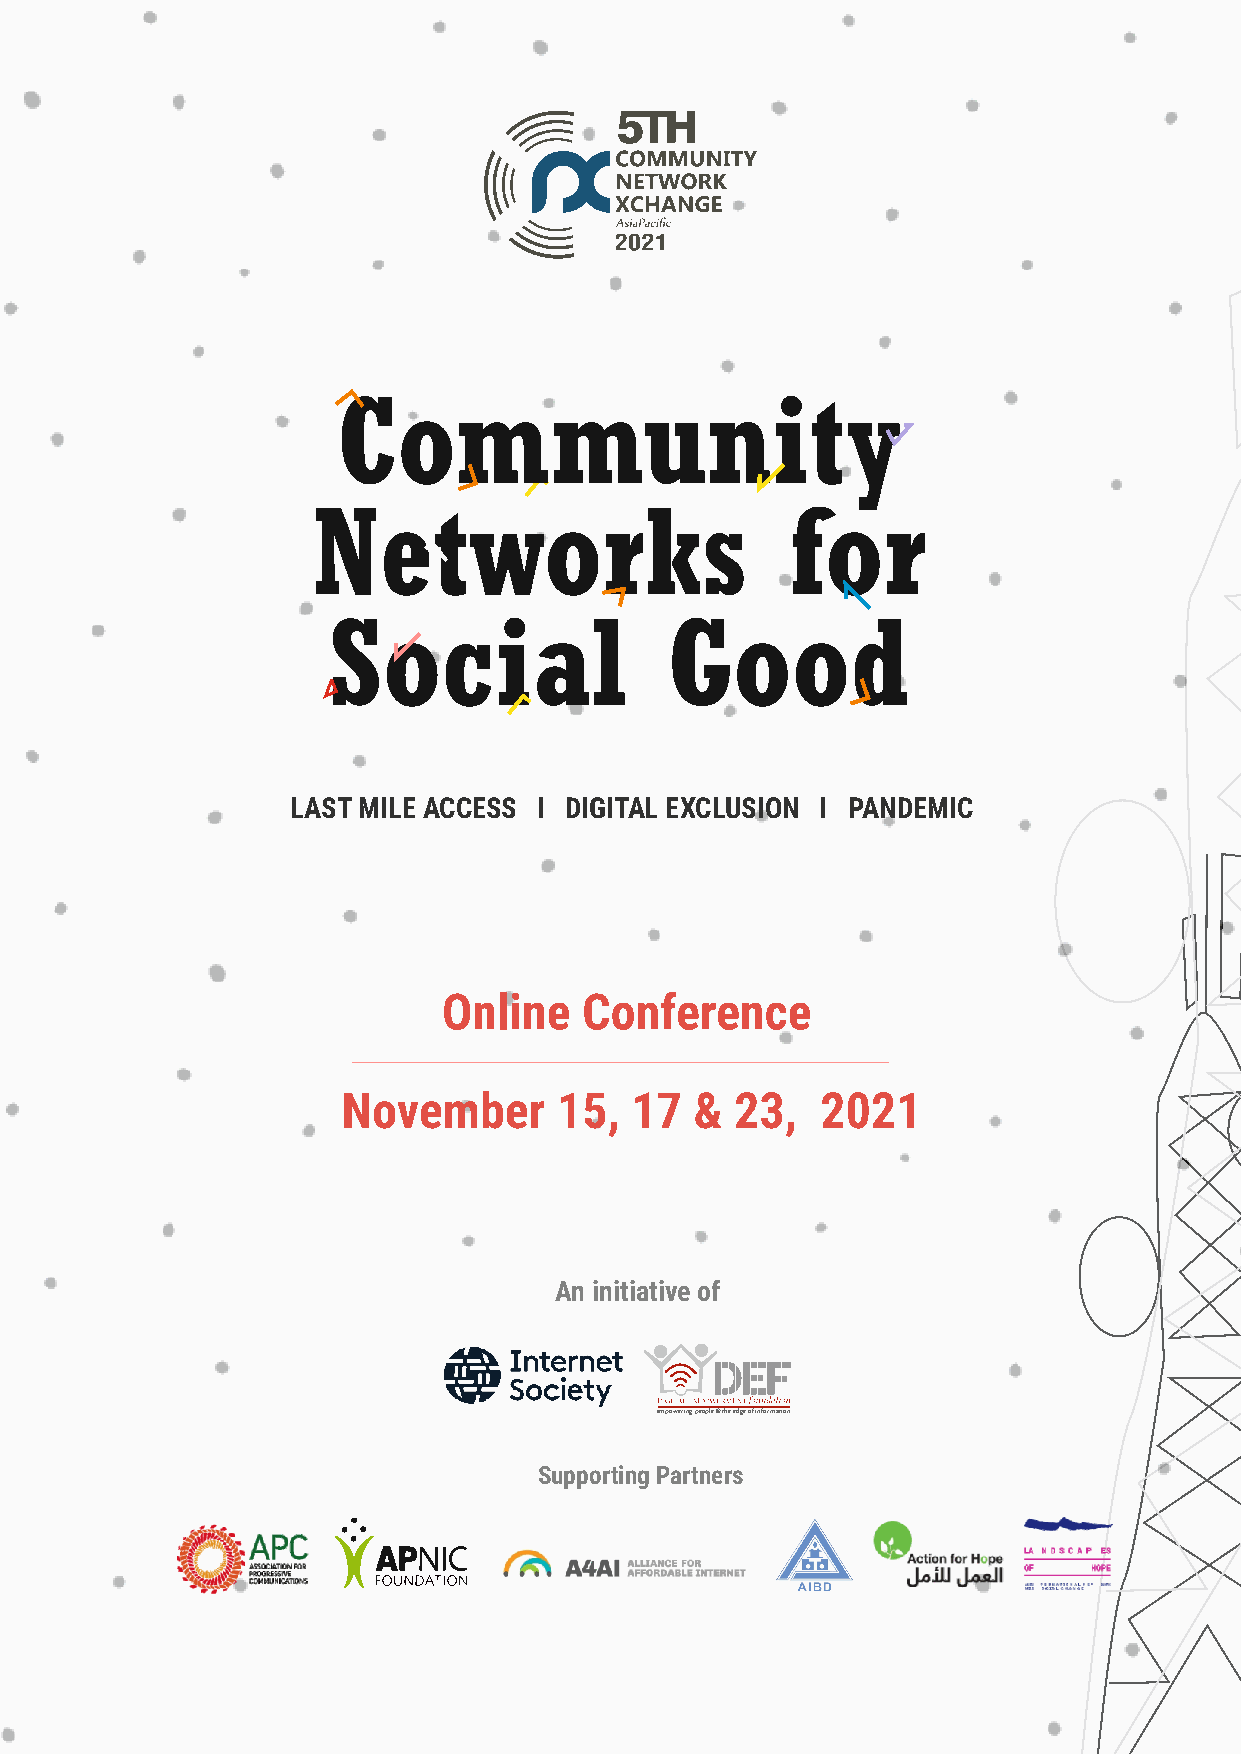
Community
 Networks                       for
 Social                Good
 LAST MILE ACCESS I DIGITAL EXCLUSION I PANDEMIC
 Online    Conference
 November      15,  17  &  23,  2021
 An initiative of
 empowering people @ the edge of information
 Supporting Partners